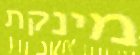
מינקת